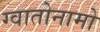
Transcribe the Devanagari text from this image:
ग्वातोनामो